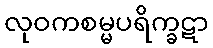
လုဝကစမ္မပရိက္ခဋာ